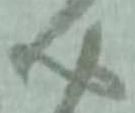
心